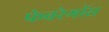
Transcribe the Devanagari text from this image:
फेबरेगॉस